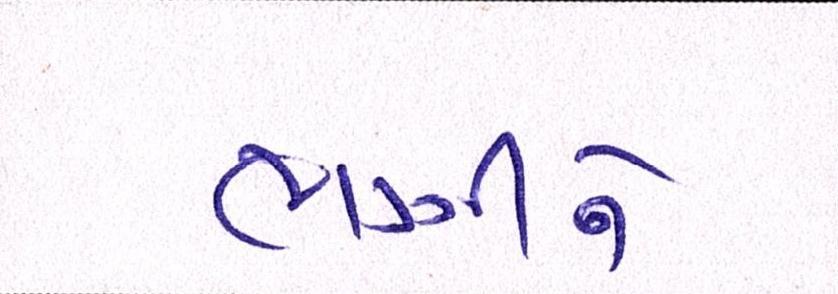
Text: ભણીને